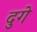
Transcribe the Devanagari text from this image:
दुगे